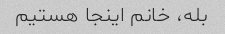
بله، خانم اینجا هستیم